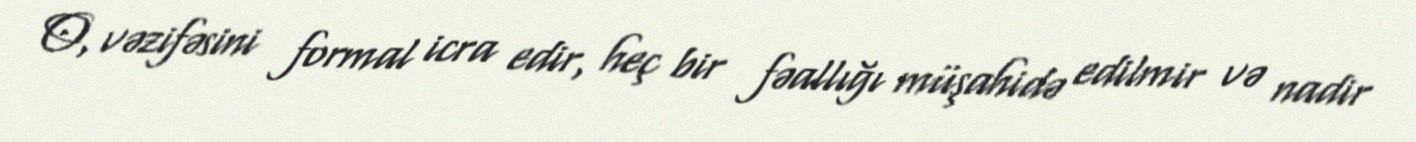
O, vəzifəsini formal icra edir, heç bir fəallığı müşahidə edilmir və nadir